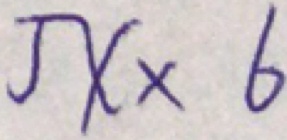
5 x \times 6